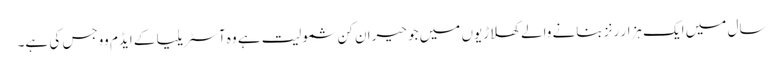
سال میں ایک ہزار رنز بنانے والے کھلاڑیوں میں جو حیران کن شمولیت ہے وہ آسٹریلیا کے ایڈم ووجس کی ہے۔